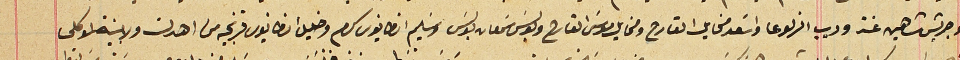
وجريسَ شاهين عنتر وديب الزلوعا واسَعد مخايل القارح ومخايل موسَى القارح وبولس سَمعان بولس وسَليم انطانيوس كرم وخليل انطانيوس فرنجيه من اهدن ولا بينة لموكلى